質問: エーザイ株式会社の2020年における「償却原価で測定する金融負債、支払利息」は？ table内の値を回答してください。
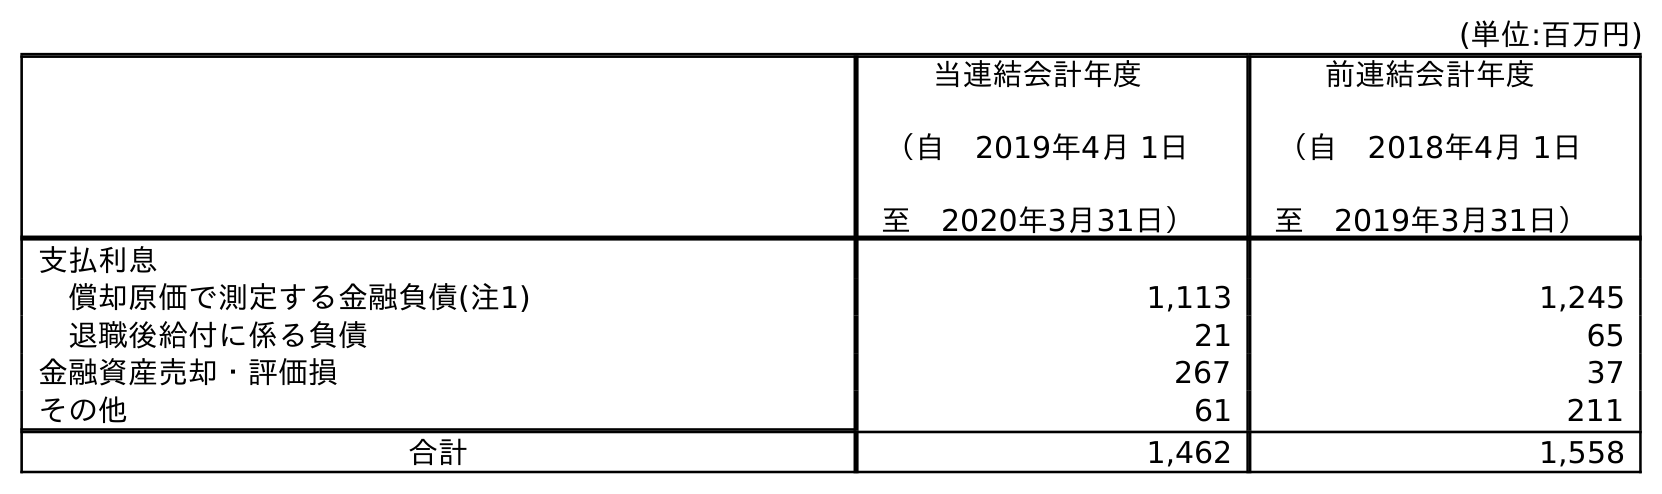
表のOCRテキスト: (単位:百万円) 当連結会計年度 （自 2019年4月 1日 至 2020年3月31日） 前連結会計年度 （自 2018年4月 1日 至 2019年3月31日） 支払利息 償却原価で測定する金融負債(注1) 1,113 1,245 退職後給付に係る負債 21 65 金融資産売却・評価損 267 37 その他 61 211 合計 1,462 1,558
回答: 1,113